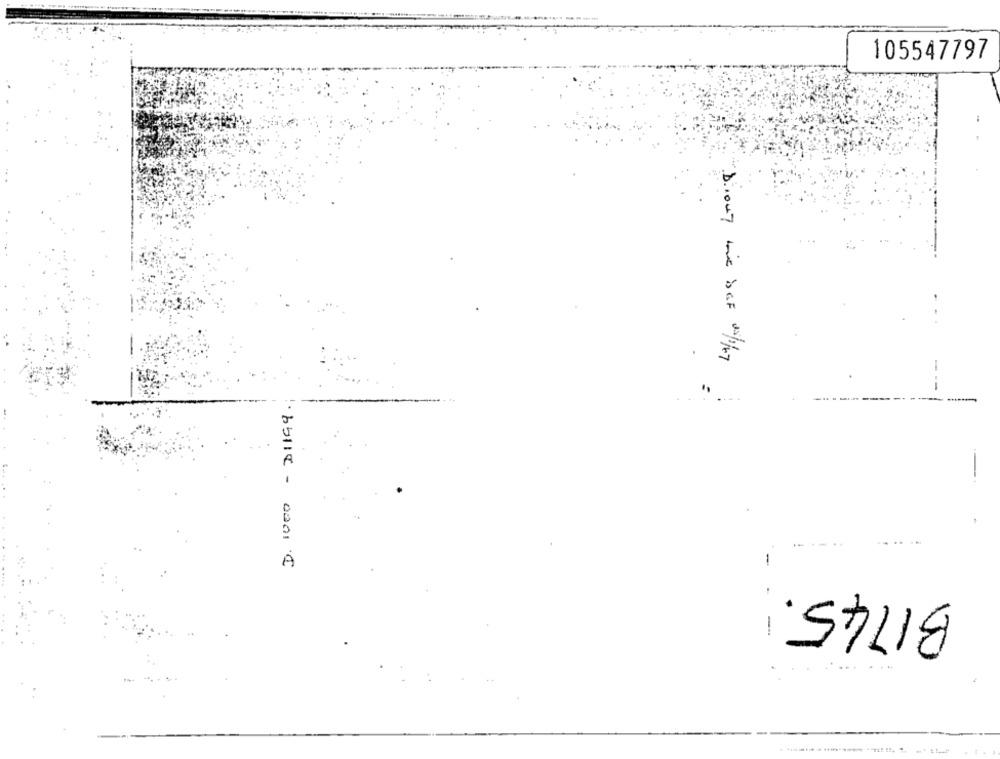
105547797
Diony wie bGE w/ny
·bblic- 0201 1
B1745.
-------------- - ---
. ..